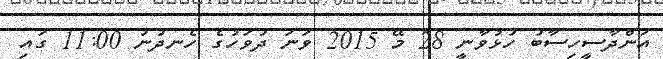
އަންދާސީހިސާބު ހުޅުވާނީ 28 މޭ 2015 ވަނަ ދުވަހުގެ ހެނދުނު 11:00 ގައި